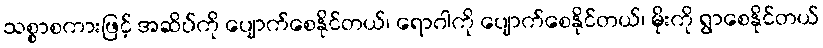
သစ္စာစကားဖြင့် အဆိပ်ကို ပျောက်စေနိုင်တယ်၊ ရောဂါကို ပျောက်စေနိုင်တယ်၊ မိုးကို ရွာစေနိုင်တယ်